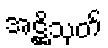
အဋ္ဌိသုတ်